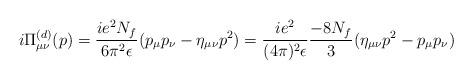
LaTeX: \begin{align*}i\Pi^{(d)}_{\mu\nu}(p)=\frac{ie^{2}N_{f}}{6\pi^{2}\epsilon}(p_{\mu}p_{\nu}-\eta_{\mu\nu}p^{2})=\frac{ie^{2}}{(4\pi)^{2}\epsilon}\frac{-8N_{f}}{3}(\eta_{\mu\nu}p^{2}-p_{\mu}p_{\nu})\end{align*}